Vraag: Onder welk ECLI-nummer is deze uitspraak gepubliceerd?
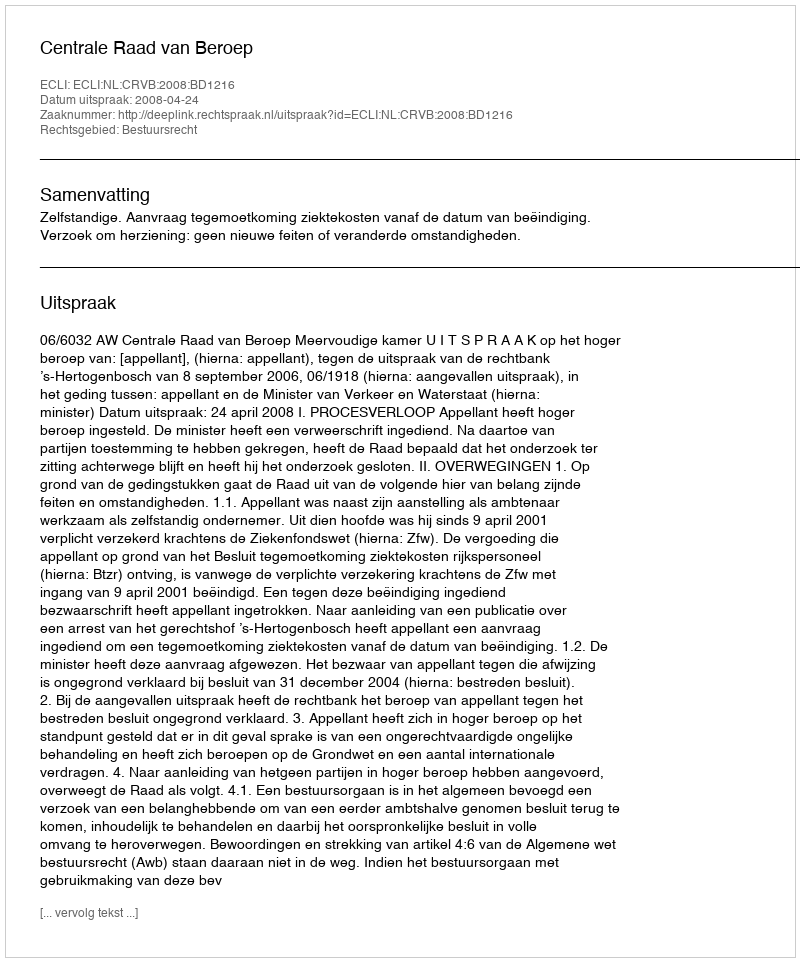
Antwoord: ECLI:NL:CRVB:2008:BD1216